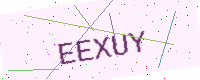
Text: EEXUY